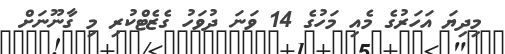
މިދިޔަ އަހަރުގެ މެއި މަހުގެ 14 ވަނަ ދުވަހު ގެޒެޓްކުރި މި ގާނޫނަށް